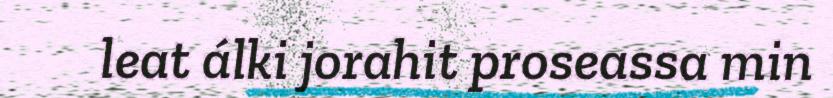
leat álki jorahit proseassa min